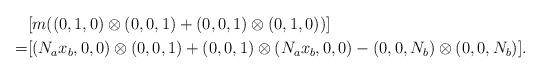
LaTeX: \begin{align*}& [m ((0,1,0)\otimes(0,0,1)+(0,0,1)\otimes (0,1,0))] \\=& [(N_ax_b,0,0)\otimes(0,0,1)+(0,0,1)\otimes(N_ax_b,0,0)-(0,0,N_b)\otimes(0,0,N_b)].\end{align*}